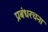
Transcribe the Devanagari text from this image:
प्रबंधरचना